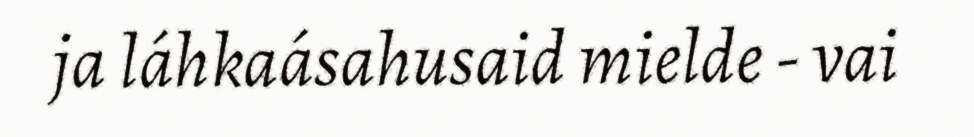
ja láhkaásahusaid mielde - vai